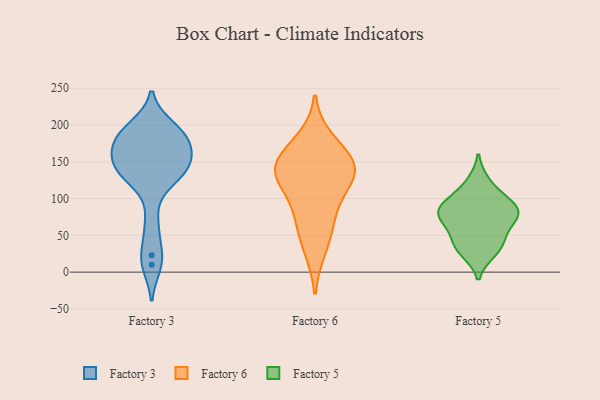
{"axis": {"x": "Gross Profit (USD K)", "y": "Value"}, "legend": ["Factory 3", "Factory 5", "Factory 6"], "data": [{"x": "", "y": 161, "type": "Factory 3"}, {"x": "", "y": 183, "type": "Factory 3"}, {"x": "", "y": 66, "type": "Factory 3"}, {"x": "", "y": 136, "type": "Factory 3"}, {"x": "", "y": 23, "type": "Factory 3"}, {"x": "", "y": 126, "type": "Factory 3"}, {"x": "", "y": 192, "type": "Factory 3"}, {"x": "", "y": 180, "type": "Factory 3"}, {"x": "", "y": 157, "type": "Factory 3"}, {"x": "", "y": 137, "type": "Factory 3"}, {"x": "", "y": 10, "type": "Factory 3"}, {"x": "", "y": 136, "type": "Factory 3"}, {"x": "", "y": 182, "type": "Factory 3"}, {"x": "", "y": 197, "type": "Factory 3"}, {"x": "", "y": 152, "type": "Factory 3"}, {"x": "", "y": 139, "type": "Factory 6"}, {"x": "", "y": 80, "type": "Factory 6"}, {"x": "", "y": 157, "type": "Factory 6"}, {"x": "", "y": 123, "type": "Factory 6"}, {"x": "", "y": 144, "type": "Factory 6"}, {"x": "", "y": 179, "type": "Factory 6"}, {"x": "", "y": 65, "type": "Factory 6"}, {"x": "", "y": 143, "type": "Factory 6"}, {"x": "", "y": 32, "type": "Factory 6"}, {"x": "", "y": 122, "type": "Factory 6"}, {"x": "", "y": 79, "type": "Factory 5"}, {"x": "", "y": 85, "type": "Factory 5"}, {"x": "", "y": 73, "type": "Factory 5"}, {"x": "", "y": 89, "type": "Factory 5"}, {"x": "", "y": 121, "type": "Factory 5"}, {"x": "", "y": 37, "type": "Factory 5"}, {"x": "", "y": 41, "type": "Factory 5"}, {"x": "", "y": 97, "type": "Factory 5"}, {"x": "", "y": 70, "type": "Factory 5"}, {"x": "", "y": 29, "type": "Factory 5"}]}